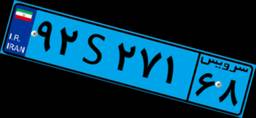
۹۲S۲۷۱۶۸